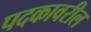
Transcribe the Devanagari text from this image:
पदकावरील